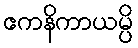
ဧကနိကာယမ္ပိ